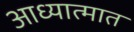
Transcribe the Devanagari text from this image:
आध्यात्मात